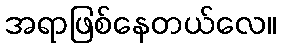
အရာဖြစ်နေတယ်လေ။